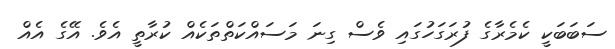
ސަބަބަކީ ކެމެރާގެ ފުރަގަހުގައި ވެސް ގިނަ މަސައްކަތްތަކެއް ކުރާތީ އެވެ. އޭގެ އެއް